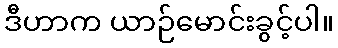
ဒီဟာက ယာဉ်မောင်းခွင့်ပါ။